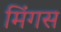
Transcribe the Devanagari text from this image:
मिंगस